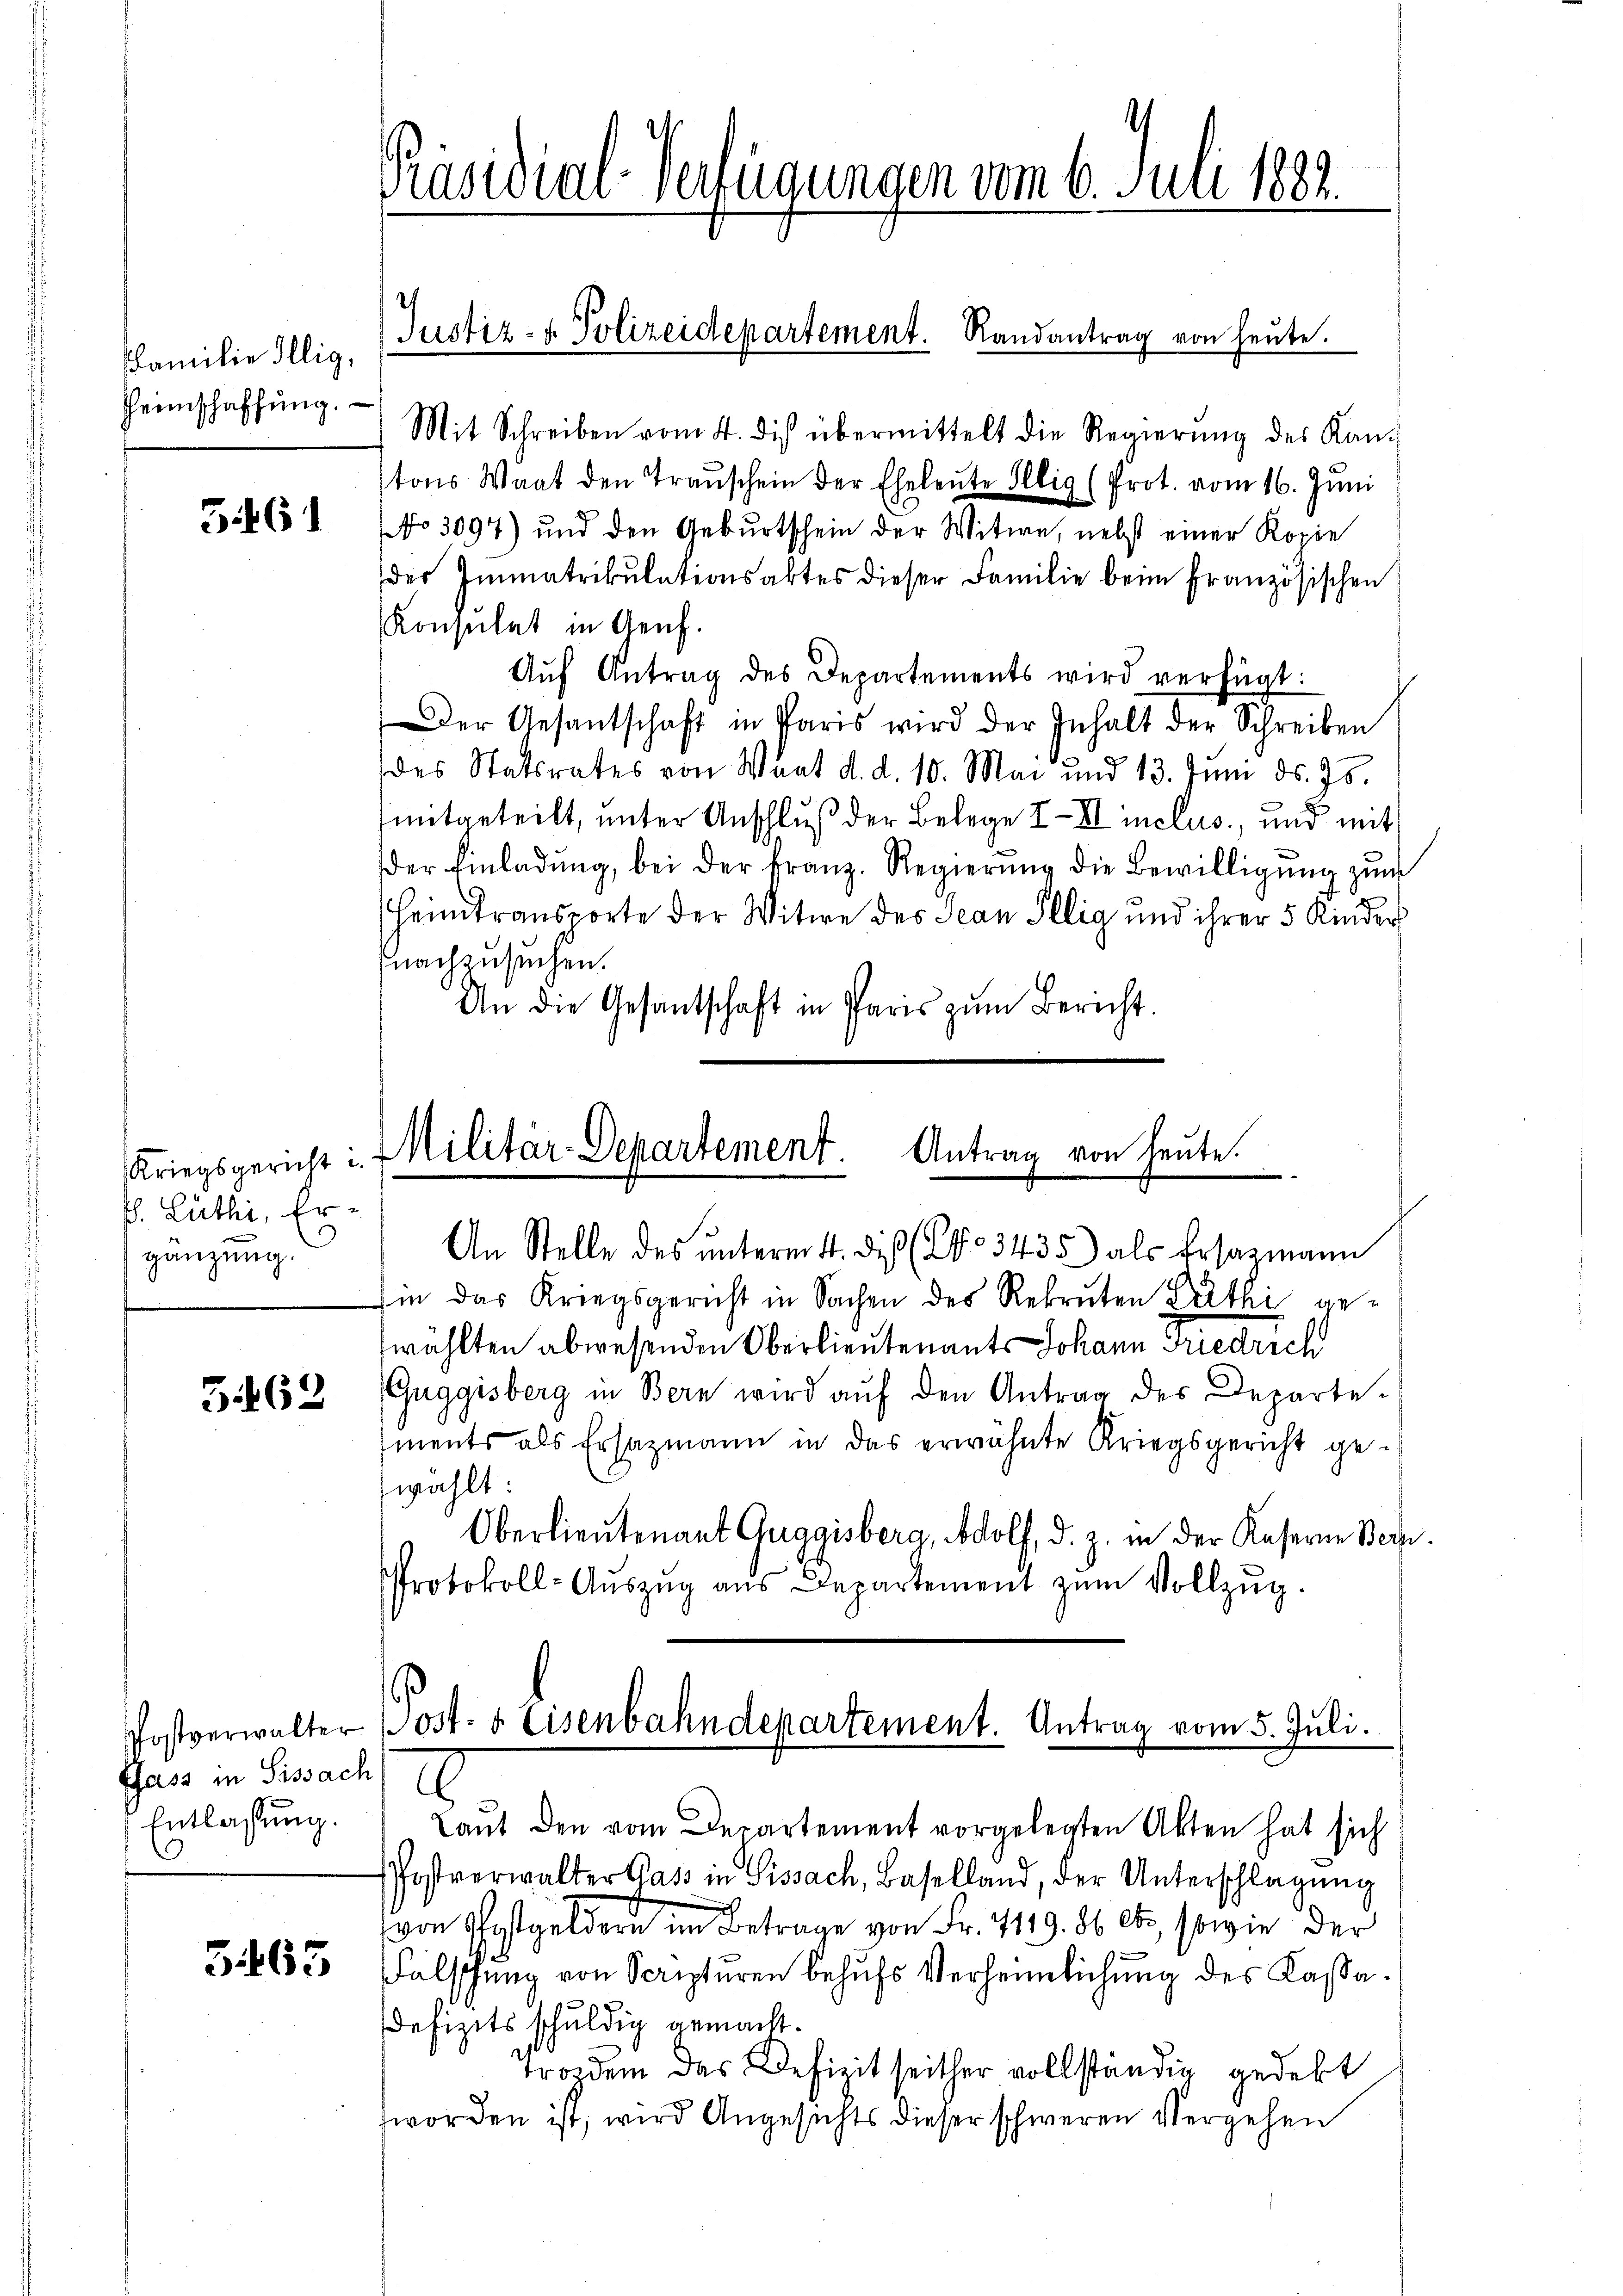
Familie Illig,
Heimschaffung.

5461

. Lüthi, Ergänzung.

3462

Ghass in Sissach
Entlassung.

3463

Präsidial-Verfügungen vom 6. Juli 1882.

Mit Schreiben vom 4. dis übermittelt die Regierŭng des Kan-
tons Waat den Transchein der Eheleute Illig (Prot. vom 16. Juni
No 3097) und den Geburtschein der Witwe, nebst einer Kopie
der Immatrikulationsaktes dieser Familie beim französischen
Konsulat in Genf.
Aŭf Antrag des Departements wird verfügt:
Der Gesantschaft in Paris wird der Inhalt der Schreiben
des Statsrates von Waat d. d. 10. Mai und 13. Juni ds. 75.
mitgeteilt, unter Anschluß der Belege III inclus, und mit
der Einladŭng, bei der Franz. Regierŭng die Bewilligŭng zum
Heimtransporte der Witwe des Jean Illig und ihrer 5 Kinder
nachzusuchen.
An die Gesantschaft in Paris zŭm Bericht.

Justiz- & Polizeidepartement. Randantrag von heute.

An Stelle des ŭnterm 4. di (C. 3435) als Ersatzmann
sin das Kriegsgericht in Sachen des Rekruten Zuthi gewählten abwesenden Oberlieutenants Johann Friedrich
Guggisberg in Bern wird aŭf den Antrag des Departe-
ments als Ersazmann in das erwähnte Kriegsgericht ge-
zwählt:
Oberlieutenant Guggisberg, Adolf, d. Z. in der Kaserne Bern.
Protokoll-Aŭszŭg ans Departement zŭm Vollzŭg.

Antrag von heute.
Kriegsgericht : 7 Militär-Departement.

2
Laut den vom Departement vorgelegten Akten hat sich
Postverwalter Gass in Sissach, Baselland, der Unterschlagung
von Postgeldern im Betrage von Fr. 419. 86 et, sowie der
Fälschung von Scripturen behufs Verheimlichung des Kassa¬
Defizits schuldig gemacht.
trozdem das Defizit seither vollständig gedekt
worden ist, wird Angesichts dieser schweren Vergehen

Postverwalter Post- & Eisenbahndepartement. Antrag vom 5. Juli.